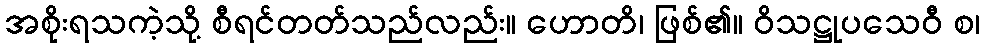
အစိုးရသကဲ့သို့ စီရင်တတ်သည်လည်း။ ဟောတိ၊ ဖြစ်၏။ ဝိသဋ္ဌုပသေဝီ စ၊